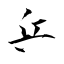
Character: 乒